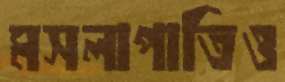
মসলাপাতিও